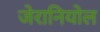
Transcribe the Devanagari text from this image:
जेरानियोल